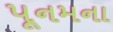
પૂનમના